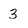
Character: 3